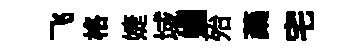
飞格婕域媚殆蘃宅